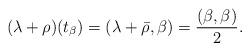
LaTeX: \begin{align*}(\lambda+\rho)(t_\beta)=(\lambda+\bar\rho,\beta)=\frac{(\beta,\beta)}{2}.\end{align*}